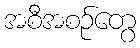
အစီအစဉ်တွေ